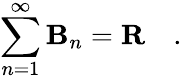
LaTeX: \sum_{n=1}^{\infty}\mathbf{B}_{n}=\mathbf{{R}}\quad.